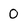
Character: 0